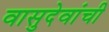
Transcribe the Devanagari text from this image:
वासुदेवांची